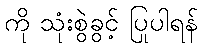
ကို သုံးစွဲခွင့် ပြုပါရန်